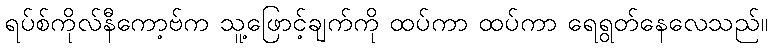
ရပ်စ်ကိုလ်နီကော့ဗ်က သူ့ဖြောင့်ချက်ကို ထပ်ကာ ထပ်ကာ ရေရွတ်နေလေသည်။